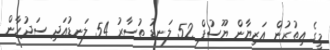
މީގެ އިތުރުން އަޒިޔާން ޔޫސުފް 52 ލަނޑު ތުސާރު 54 ލަނޑުއަދި ސަދުހާން